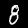
Digit: 8